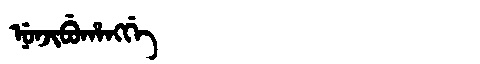
Manchu: ᠨᡠᠨᠵᡳᠪᡠᡥᠠᠩᡤᡝ
Romanization: NUNJIBUHANGGE